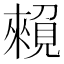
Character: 𧡽